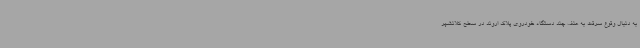
به دنبال وقوع سرقت به عنف چند دستگاه خودروی پلاک اروند در سطح کلانشهر